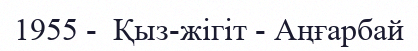
1955 -  Қыз-жігіт - Аңғарбай